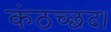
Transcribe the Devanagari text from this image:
कंठच्छद।